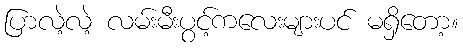
ပြာလဲ့လဲ့ လမ်းမီးပွင့်ကလေးများပင် မရှိတော့။